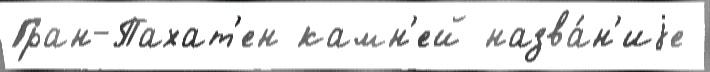
Гран-Пахат'ен камн'ей назва́н'иjе